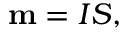
\mathbf { m } = I { \boldsymbol { S } } ,